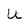
Character: u